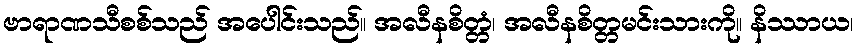
ဗာရာဏသီစစ်သည် အပေါင်းသည်။ အလီနစိတ္တံ၊ အလီနစိတ္တမင်းသားကို။ နိဿာယ၊